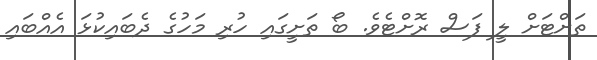
ތަށްޓަށް ލީ ފަސް ރޮށްޓެވެ. ބޯ ތަށީގައި ހުރި މަހުގެ ދެބައިކުޅަ އެއްބައި